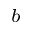
^ b